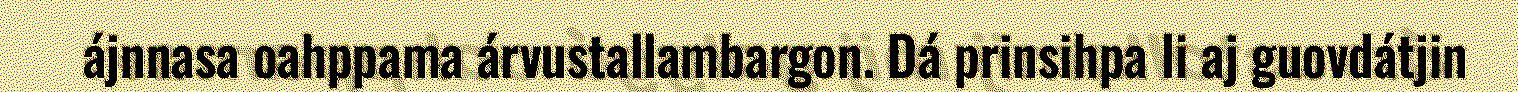
ájnnasa oahppama árvustallambargon. Dá prinsihpa li aj guovdátjin